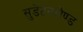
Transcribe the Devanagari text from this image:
सुडेटनलैण्ड